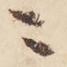
ニ